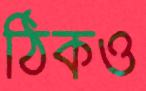
ঠিকও